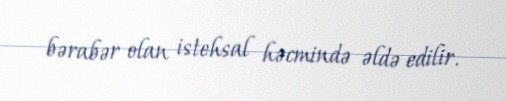
bərabər olan istehsal həcmində əldə edilir.